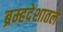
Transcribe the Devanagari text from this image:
ब्रम्हदेशातले